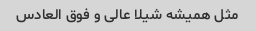
مثل همیشه شیلا عالی و فوق العادس